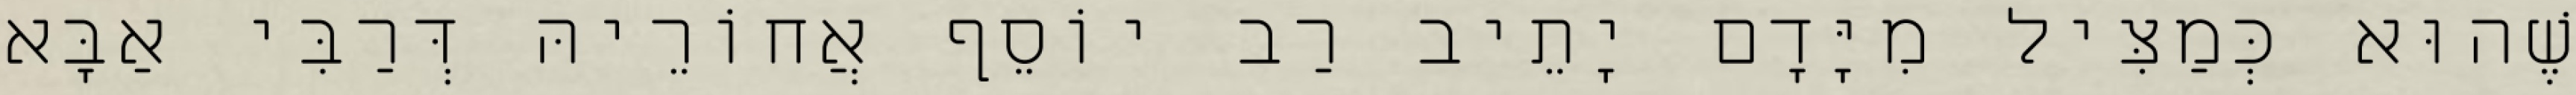
שֶׁהוּא כְּמַצִּיל מִיָּדָם יָתֵיב רַב יוֹסֵף אֲחוֹרֵיהּ דְּרַבִּי אַבָּא